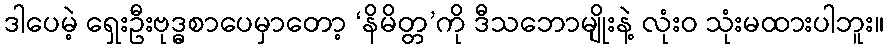
ဒါပေမဲ့ ရှေးဦးဗုဒ္ဓစာပေမှာတော့ ‘နိမိတ္တ’ကို ဒီသဘောမျိုးနဲ့ လုံးဝ သုံးမထားပါဘူး။